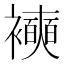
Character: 襫